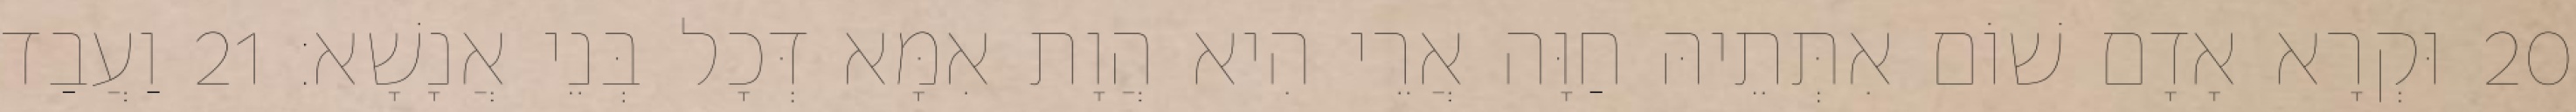
20 וּקְרָא אָדָם שׁוֹם אִתְּתֵיהּ חַוָּה אֲרֵי הִיא הֲוָת אִמָּא דְּכָל בְּנֵי אֲנָשָׁא׃ 21 וַעֲבַד